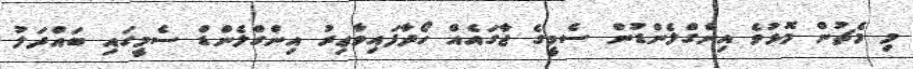
މި މެޗުން މޮޅުވެ އިންގްލެންޑުން ސެމީގެ ޖާގައެއް ހޯދާފަައިވާޢިރު އިންގްލެންޑް ސެމީގައި ބައްދަލު